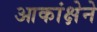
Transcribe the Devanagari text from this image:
आकांक्षेने